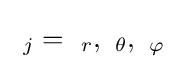
~_{j}=~_{r},~_{\theta },~_{\varphi }